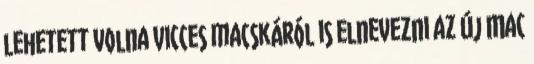
lehetett volna vicces macskáról is elnevezni az új Mac